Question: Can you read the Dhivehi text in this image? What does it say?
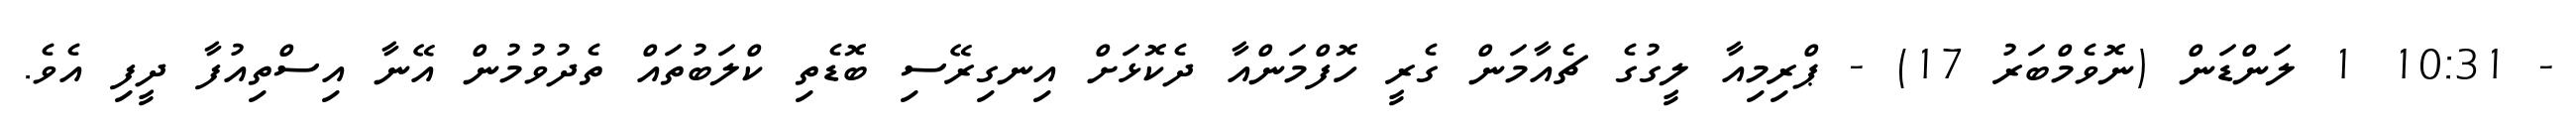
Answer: - 10:31 1 ލަންޑަން (ނޮވެމްބަރު 17) - ޕްރިމިއާ ލީގުގެ ޗެއާމަން ގެރީ ހޮފްމަންއާ ދެކޮޅަށް އިނގިރޭސި ބޮޑެތި ކްލަބުތައް ތެދުވުމުން އޭނާ އިސްތިއުފާ ދީފި އެވެ.